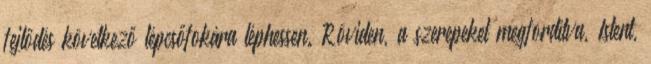
fejlődés következő lépcsőfokára léphessen. Röviden, a szerepeket megfordítva, Istent,